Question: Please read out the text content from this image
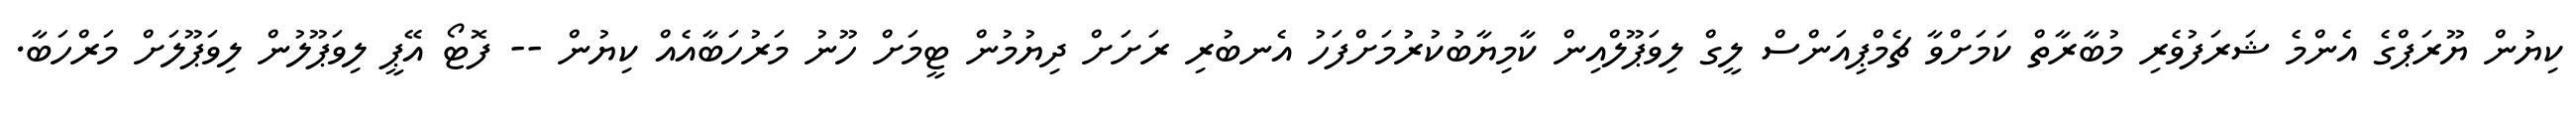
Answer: ކިޔުން ޔޫރަޕްގެ އެންމެ ޝަރަފުވެރި މުބާރާތް ކަމަށްވާ ޗެމްޕިއަންސް ލީގް ލިވަޕޫލްއިން ކާމިޔާބުކުރުމަށްފަހު އެނބުރި ރަށަށް ދިޔުމުން ޓީމަށް ހޫނު މަރުހަބާއެއް ކިޔުން -- ފޮޓޯ އޭޕީ ލިވަޕޫލުން ލިވަޕޫލަށް މަރްހަބާ.